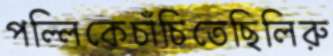
পল্লিকেচাঁচিতেছিলিরু